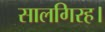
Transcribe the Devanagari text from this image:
सालगिरह।